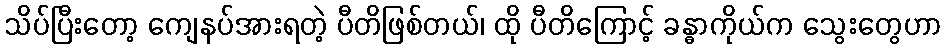
သိပ်ပြီးတော့ ကျေနပ်အားရတဲ့ ပီတိဖြစ်တယ်၊ ထို ပီတိကြောင့် ခန္ဓာကိုယ်က သွေးတွေဟာ